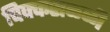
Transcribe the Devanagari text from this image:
चिक्कसळ्ळी